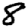
Digit: 8